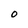
Character: o